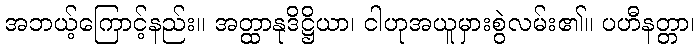
အဘယ့်ကြောင့်နည်း။ အတ္ထာနုဒိဋ္ဌိယာ၊ ငါဟုအယူမှားစွဲလမ်း၏။ ပဟီနတ္တာ၊